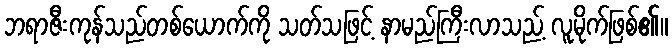
ဘရာဇီးကုန်သည်တစ်ယောက်ကို သတ်သဖြင့် နာမည်ကြီးလာသည့် လူမိုက်ဖြစ်၏။